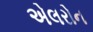
એલરોન